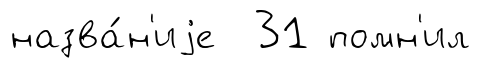
назва́н'иjе 31 помн'ил